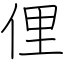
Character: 俚